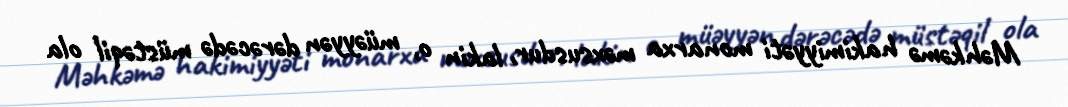
Məhkəmə hakimiyyəti monarxa məxsusdur, lakin o, müəyyən dərəcədə müstəqil ola